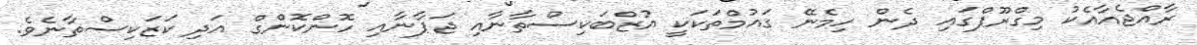
ރާއްޖެއާއެކު މިގްރޫޕްގައި ދެން ހިމެނޭ ގައުމްތަކަކީ އުޒްބަކިސްތާނާއި ޖަޕާނާއި ހޮންކޮންގް އަދި ކަޒަކިސްތާނެވެ.